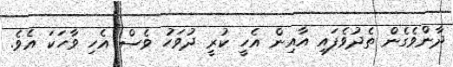
ދާންވެގެން ތެދުވެފައި އާއިން އެހީ ކުރީ ދުވަހު ވެސް އެހި ވާހަކަ އެވެ.